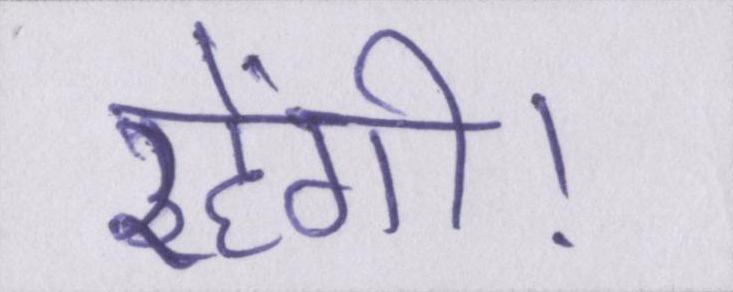
रहेंगी।